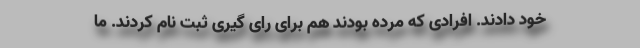
خود دادند. افرادی که مرده بودند هم برای رای گیری ثبت نام کردند. ما